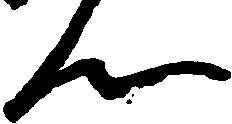
ん